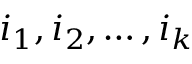
i _ { 1 } , i _ { 2 } , \ldots , i _ { k }